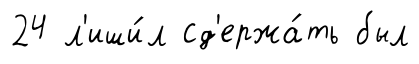
24 л'иши́л сд'ержа́ть был